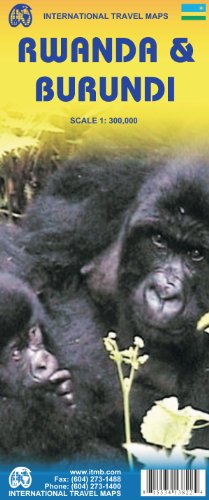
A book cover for Rwanda & Burundi 1:300,000 Travel Map (International Travel Maps); ITM Canada; Travel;